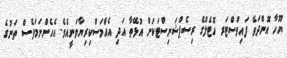
ޔޫހާ އޮންދަވޭ ފައިވްސްޓަރ ހޮޓެލްގެ ރިސެޕްޝަނިސްޓަކަށް އުޅޭތާ އަދި އެއްމަސްކިރިޔާވަނީއެވެ. އެހެންނަމަވެސް ތަނުގެ